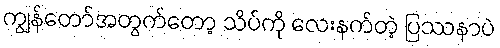
ကျွန်တော်အတွက်တော့ သိပ်ကို လေးနက်တဲ့ ပြဿနာပဲ